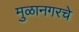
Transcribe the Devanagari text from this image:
मुळानगरचे